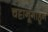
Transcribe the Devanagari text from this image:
चट्टानूगाहून